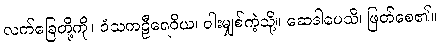
လက်ခြေတို့ကို။ ဝံသကဠီရေဝိယ၊ ဝါးမျှစ်ကဲ့သို့။ ဆေဒါပေသိ၊ ဖြတ်စေ၏။